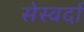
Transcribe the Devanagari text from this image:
सेस्वर्दा